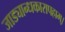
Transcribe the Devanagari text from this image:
जाड्यान्धकारापहाम्‌।